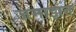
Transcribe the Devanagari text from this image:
जमाझत